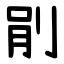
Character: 剈